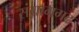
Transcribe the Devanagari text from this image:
संग्रामगढ